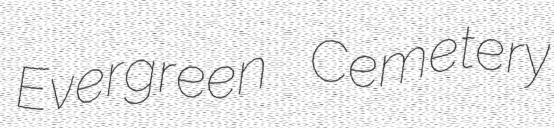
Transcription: Evergreen Cemetery